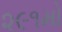
૨૯૧મો